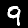
Digit: 9